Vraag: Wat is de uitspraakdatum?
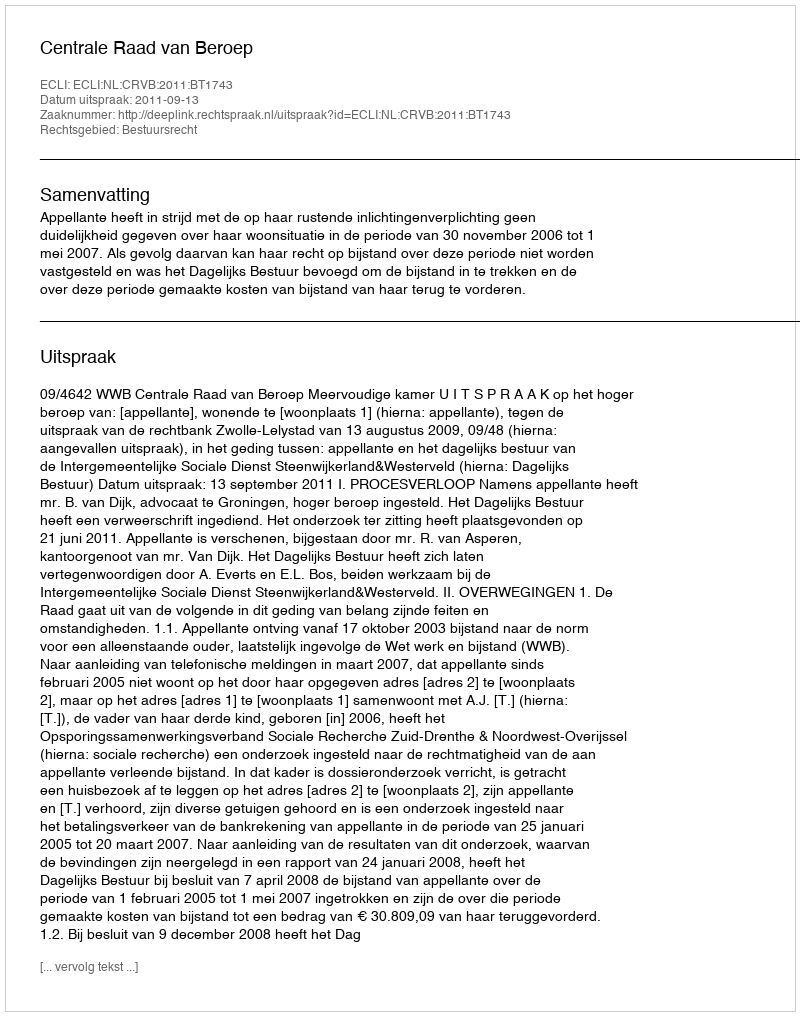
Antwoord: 2011-09-13